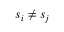
s _ { i } \neq s _ { j }